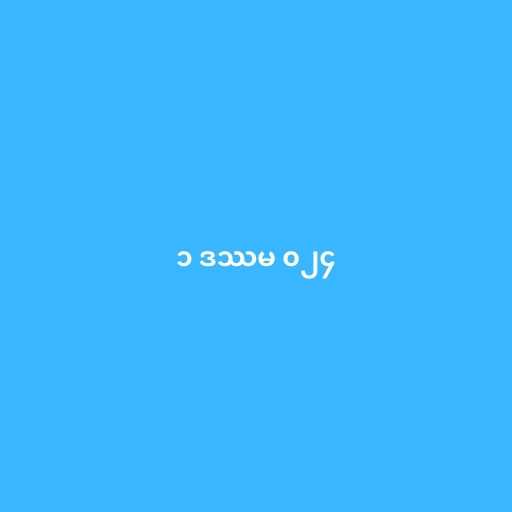
၁ ဒဿမ ၀၂၄